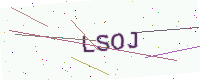
Text: LSOJ